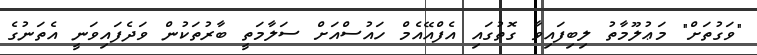
"ވަގުތަށް" މަޢުލޫމާތު ލިބިފައިވާ ގޮތުގައި އެފްއޭއެމް ހައުސްއަށް ސަލާމަތީ ބާރުތަކުން ވަދެފައިވަނީ އެތަނުގެ